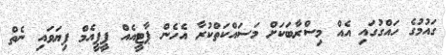
ގައުމުގެ ހައްގުގައި އެއް މިސްރާބަކަށް މަސައްކަތްކުރާ އެހެން ޕާޓީއެއް ޕީޕީއެމް ފިޔަވައި ނެތް